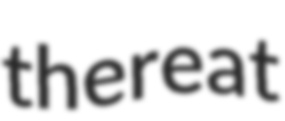
thereat